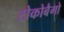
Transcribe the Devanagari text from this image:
टोकोबैगो